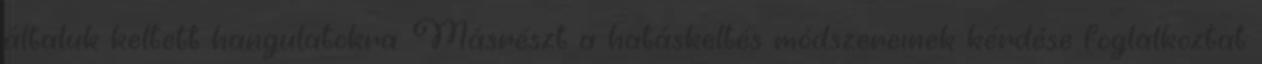
általuk keltett hangulatokra. Másrészt a hatáskeltés módszereinek kérdése foglalkoztat